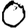
Digit: 0